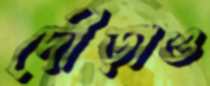
দৌড়াও